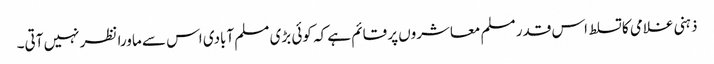
ذہنی غلامی کا تسلط اس قدر مسلم معاشروں پر قائم ہے کہ کوئی بڑی مسلم آبادی اس سے ماورا نظر نہیں آتی۔